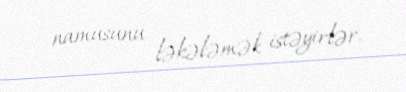
namusunu ləkələmək istəyirlər.